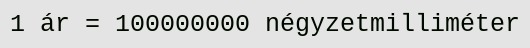
1 ár = 100000000 négyzetmilliméter